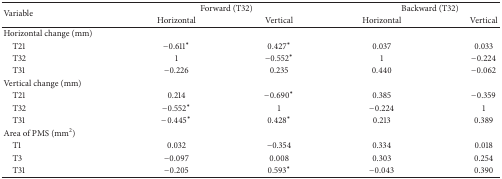
<table><thead><tr><td rowspan="2"><b>Variable</b></td><td colspan="2"><b>Forward (T32)</b></td><td colspan="2"><b>Backward (T32)</b></td></tr><tr><td><b>Horizontal</b></td><td><b>Vertical</b></td><td><b>Horizontal</b></td><td><b>Vertical</b></td></tr></thead><tbody><tr><td>Horizontal change (mm)</td><td> </td><td> </td><td> </td><td> </td></tr><tr><td> T21</td><td>−0.611<sup><b>∗</b></sup></td><td>0.427<sup><b>∗</b></sup></td><td>0.037</td><td>0.033</td></tr><tr><td> T32</td><td>1</td><td>−0.552<sup><b>∗</b></sup></td><td>1</td><td>−0.224</td></tr><tr><td> T31</td><td>−0.226</td><td>0.235</td><td>0.440</td><td>−0.062</td></tr><tr><td>Vertical change (mm)</td><td> </td><td> </td><td> </td><td> </td></tr><tr><td> T21</td><td>0.214</td><td>−0.690<sup><b>∗</b></sup></td><td>0.385</td><td>−0.359</td></tr><tr><td> T32</td><td>−0.552<sup><b>∗</b></sup></td><td>1</td><td>−0.224</td><td>1</td></tr><tr><td> T31</td><td>−0.445<sup><b>∗</b></sup></td><td>0.428<sup><b>∗</b></sup></td><td>0.213</td><td>0.389</td></tr><tr><td>Area of PMS (mm<sup>2</sup>)</td><td> </td><td> </td><td> </td><td> </td></tr><tr><td> T1</td><td>0.032</td><td>−0.354</td><td>0.334</td><td>0.018</td></tr><tr><td> T3</td><td>−0.097</td><td>0.008</td><td>0.303</td><td>0.254</td></tr><tr><td> T31</td><td>−0.205</td><td>0.593<sup><b>∗</b></sup></td><td>−0.043</td><td>0.390</td></tr></tbody></table>